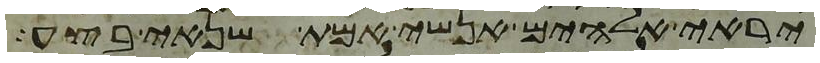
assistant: יראי אלהים אנשי אמת שנאי בצע